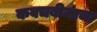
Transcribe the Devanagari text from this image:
कवचबीजाचा